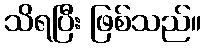
သိရပြီး ဖြစ်သည်။